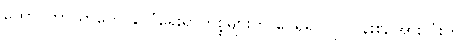
ထောင်ဘာယာတွေ နိုင်ငံရေးရာကိစ္စများကို ပေရှိ၍ လုပ်ငန်းစဉ်အားလုံးတွင်